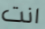
انت